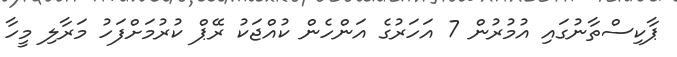
ޕާކިސްތާނުގައި އުމުރުން 7 އަހަރުގެ އަންހެން ކުއްޖަކު ރޭޕް ކުރުމަށްފަހު މަރާލި މީހާ